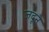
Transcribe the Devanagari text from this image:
जदून